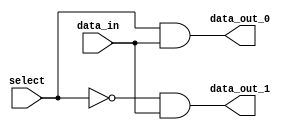
module demux1to2(
    input data_in,
    input select,
    output data_out_0,
    output data_out_1
);

assign data_out_0 = (select & data_in);
assign data_out_1 = (~select & data_in);

endmodule